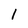
Character: l